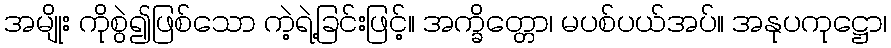
အမျိုး ကိုစွဲ၍ဖြစ်သော ကဲ့ရဲ့ခြင်းဖြင့်။ အက္ခိတ္တော၊ မပစ်ပယ်အပ်။ အနုပကုဋ္ဌော၊